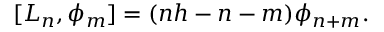
[ L _ { n } , \phi _ { m } ] = ( n h - n - m ) \phi _ { n + m } .